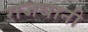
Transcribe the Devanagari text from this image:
राजघानी